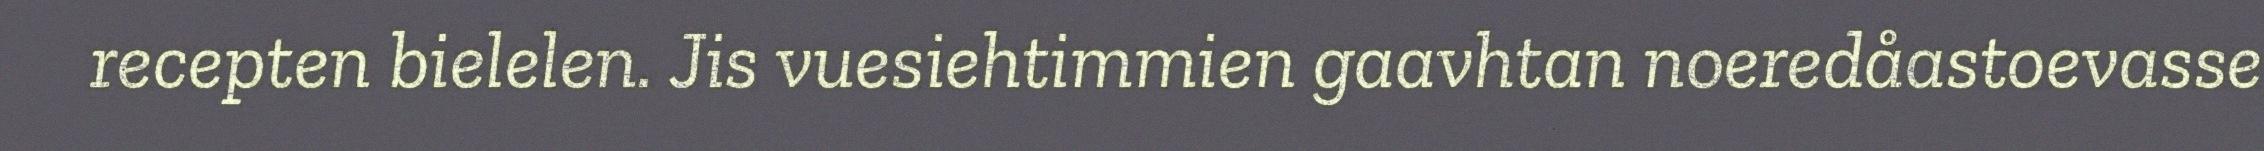
recepten bielelen. Jis vuesiehtimmien gaavhtan noeredåastoevasse